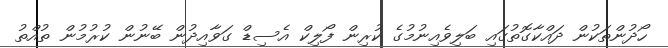
ހޯދުންތަކުން ދައްކާގޮތުގައި ބަލިވެއިނުމުގެ ކުރިން ފޯލިކް އެސިޑް ގަވާއިދުން ބޭނުން ކުރުމުން ތުއްތު